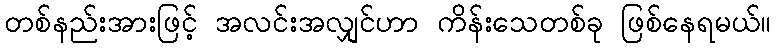
တစ်နည်းအားဖြင့် အလင်းအလျှင်ဟာ ကိန်းသေတစ်ခု ဖြစ်နေရမယ်။